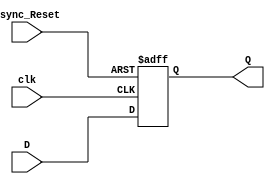
module Rising_Edge_DFF_with_Async_Reset_High(
	input D,
	input Async_Reset,
	input clk,
	output reg Q
);

always @(posedge clk or posedge Async_Reset)
begin

	if(Async_Reset == 1'b1)
	
		Q <= 1'b0;
		
	else
	
		Q <= D;

end

endmodule